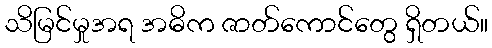
သိမြင်မှုအရ အဓိက ဇာတ်ကောင်တွေ ရှိတယ်။